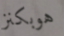
هوبكنز